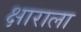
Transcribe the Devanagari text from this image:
क्षाराला